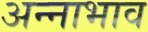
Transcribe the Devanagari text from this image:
अन्नाभाव